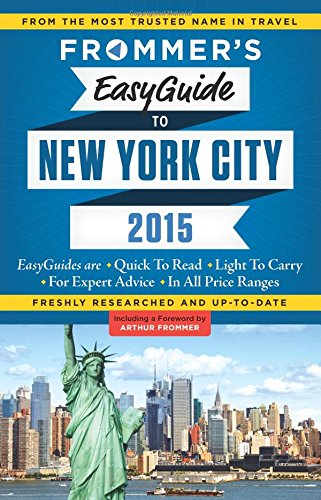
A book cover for Frommer's EasyGuide to New York City 2015 (Easy Guides); Pauline Frommer; Travel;